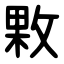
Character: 㪙